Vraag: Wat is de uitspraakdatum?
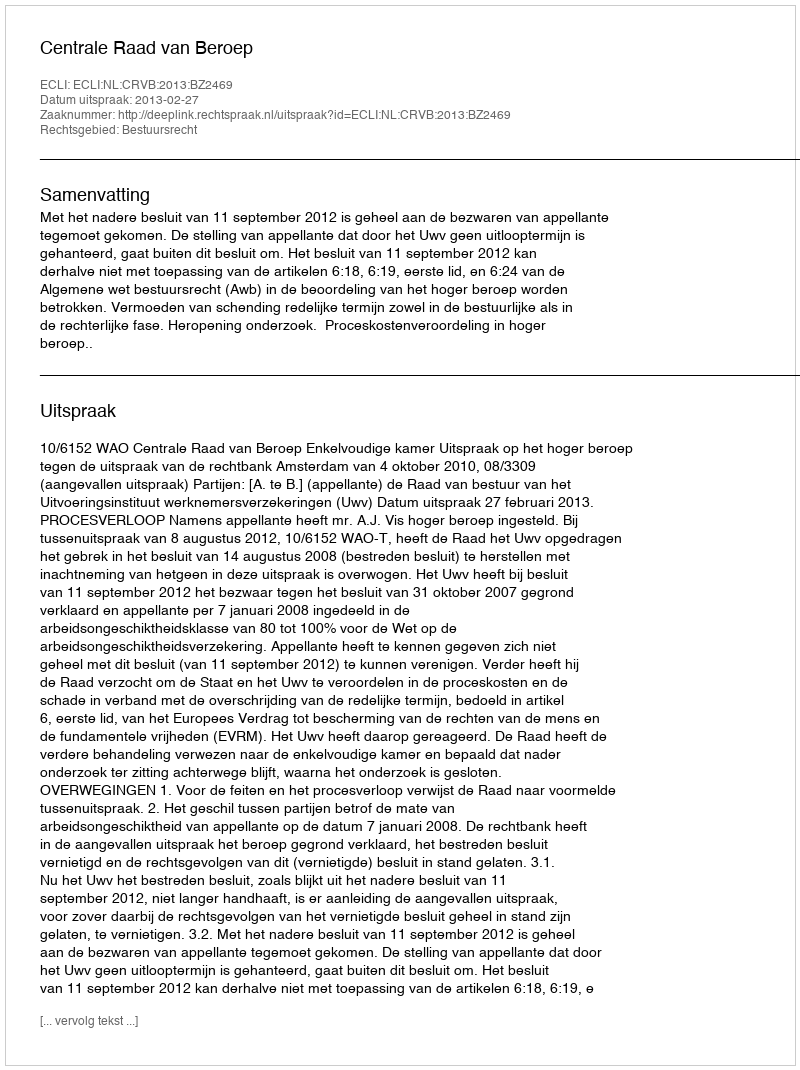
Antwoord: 2013-02-27